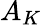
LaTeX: A_{K}